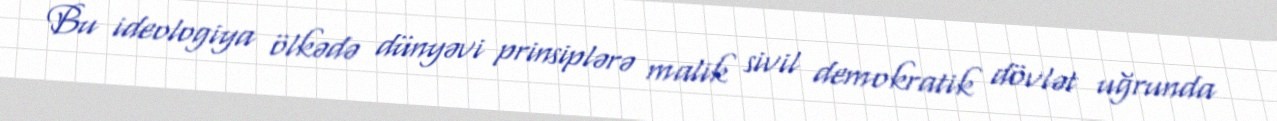
Bu ideologiya ölkədə dünyəvi prinsiplərə malik sivil demokratik dövlət uğrunda